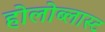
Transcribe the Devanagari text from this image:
होलोब्लास्ट